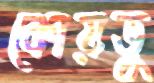
কোয়ডু